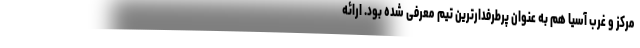
مرکز و غرب آسیا هم به عنوان پرطرفدارترین تیم معرفی شده بود. ارائه